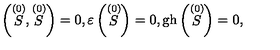
\left( \stackrel { ( 0 ) } { S } , \stackrel { ( 0 ) } { S } \right) = 0 , \varepsilon \left( \stackrel { ( 0 ) } { S } \right) = 0 , \mathrm { g h } \left( \stackrel { ( 0 ) } { S } \right) = 0 ,